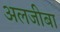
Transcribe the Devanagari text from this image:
अलजीबा